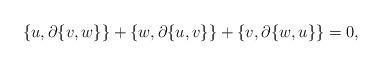
LaTeX: \begin{align*} \{u,\partial \{v,w\}\}+\{w,\partial \{u,v\}\}+\{v,\partial \{w,u\}\}=0,\end{align*}